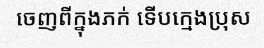
ចេញពីក្នុងភក់ ទើបក្មេងប្រុស